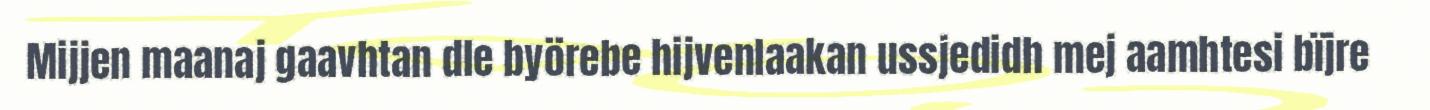
Mijjen maanaj gaavhtan dle byörebe hijvenlaakan ussjedidh mej aamhtesi bïjre